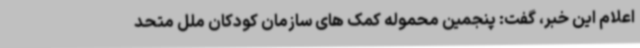
اعلام این خبر، گفت: پنجمین محموله کمک‌ های سازمان کودکان ملل متحد